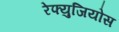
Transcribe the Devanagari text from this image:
रेफ्युजियोस